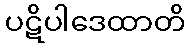
ပဋိပါဒေထာတိ